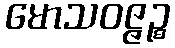
မောသဝဇ္ဇဉ္စ